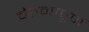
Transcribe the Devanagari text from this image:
चेतनापूर्ण